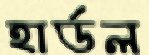
হার্ডল